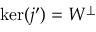
\ker ( j ^ { \prime } ) = W ^ { \perp }